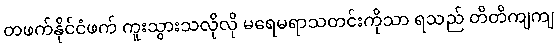
တဖက်နိုင်ငံဖက် ကူးသွားသလိုလို မရေမရာသတင်းကိုသာ ရသည် တိတိကျကျ